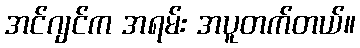
အင်ဂျင်က အရမ်း အပူတက်တယ်။